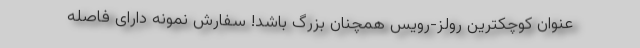
عنوان کوچکترین رولز-رویس همچنان بزرگ باشد! سفارش نمونه دارای فاصله